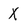
Character: X